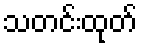
သတင်းထုတ်